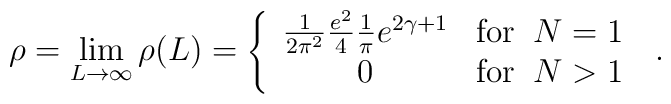
\rho = \lim_{L \rightarrow \infty} \rho(L) =\left\{ \begin{array}{cr}\frac{1}{2\pi^2} \frac{e^2}{4}\frac{1}{\pi}e^{2\gamma +1} & \mbox{for}\;\; N = 1 \\0 & \mbox{for}\;\; N > 1\end{array} \right. \; .